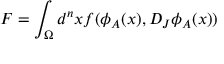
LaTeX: F = \int _ { \Omega } d ^ { n } x f ( \phi _ { A } ( x ) , D _ { J } \phi _ { A } ( x ) )